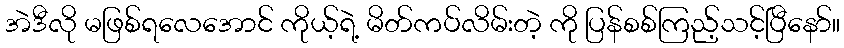
အဲဒီလို မဖြစ်ရလေအောင် ကိုယ့်ရဲ့ မိတ်ကပ်လိမ်းတဲ့ ကို ပြန်စစ်ကြည့်သင့်ပြီနော်။